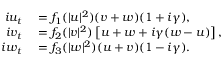
\begin{array} { r l } { i u _ { t } } & { { } = f _ { 1 } ( | u | ^ { 2 } ) ( v + w ) ( 1 + i \gamma ) , } \\ { i v _ { t } } & { { } = f _ { 2 } ( | v | ^ { 2 } ) \left[ u + w + i \gamma ( w - u ) \right] , } \\ { i w _ { t } } & { { } = f _ { 3 } ( | w | ^ { 2 } ) ( u + v ) ( 1 - i \gamma ) . } \end{array}